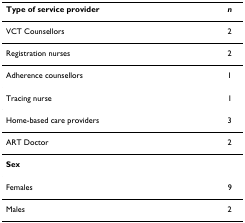
<table><thead><tr><td><b>Type of service provider</b></td><td><b><i>n</i></b></td></tr></thead><tbody><tr><td>VCT Counsellors</td><td>2</td></tr><tr><td>Registration nurses</td><td>2</td></tr><tr><td>Adherence counsellors</td><td>1</td></tr><tr><td>Tracing nurse</td><td>1</td></tr><tr><td>Home-based care providers</td><td>3</td></tr><tr><td>ART Doctor</td><td>2</td></tr><tr><td><b>Sex</b></td><td></td></tr><tr><td>Females</td><td>9</td></tr><tr><td>Males</td><td>2</td></tr></tbody></table>